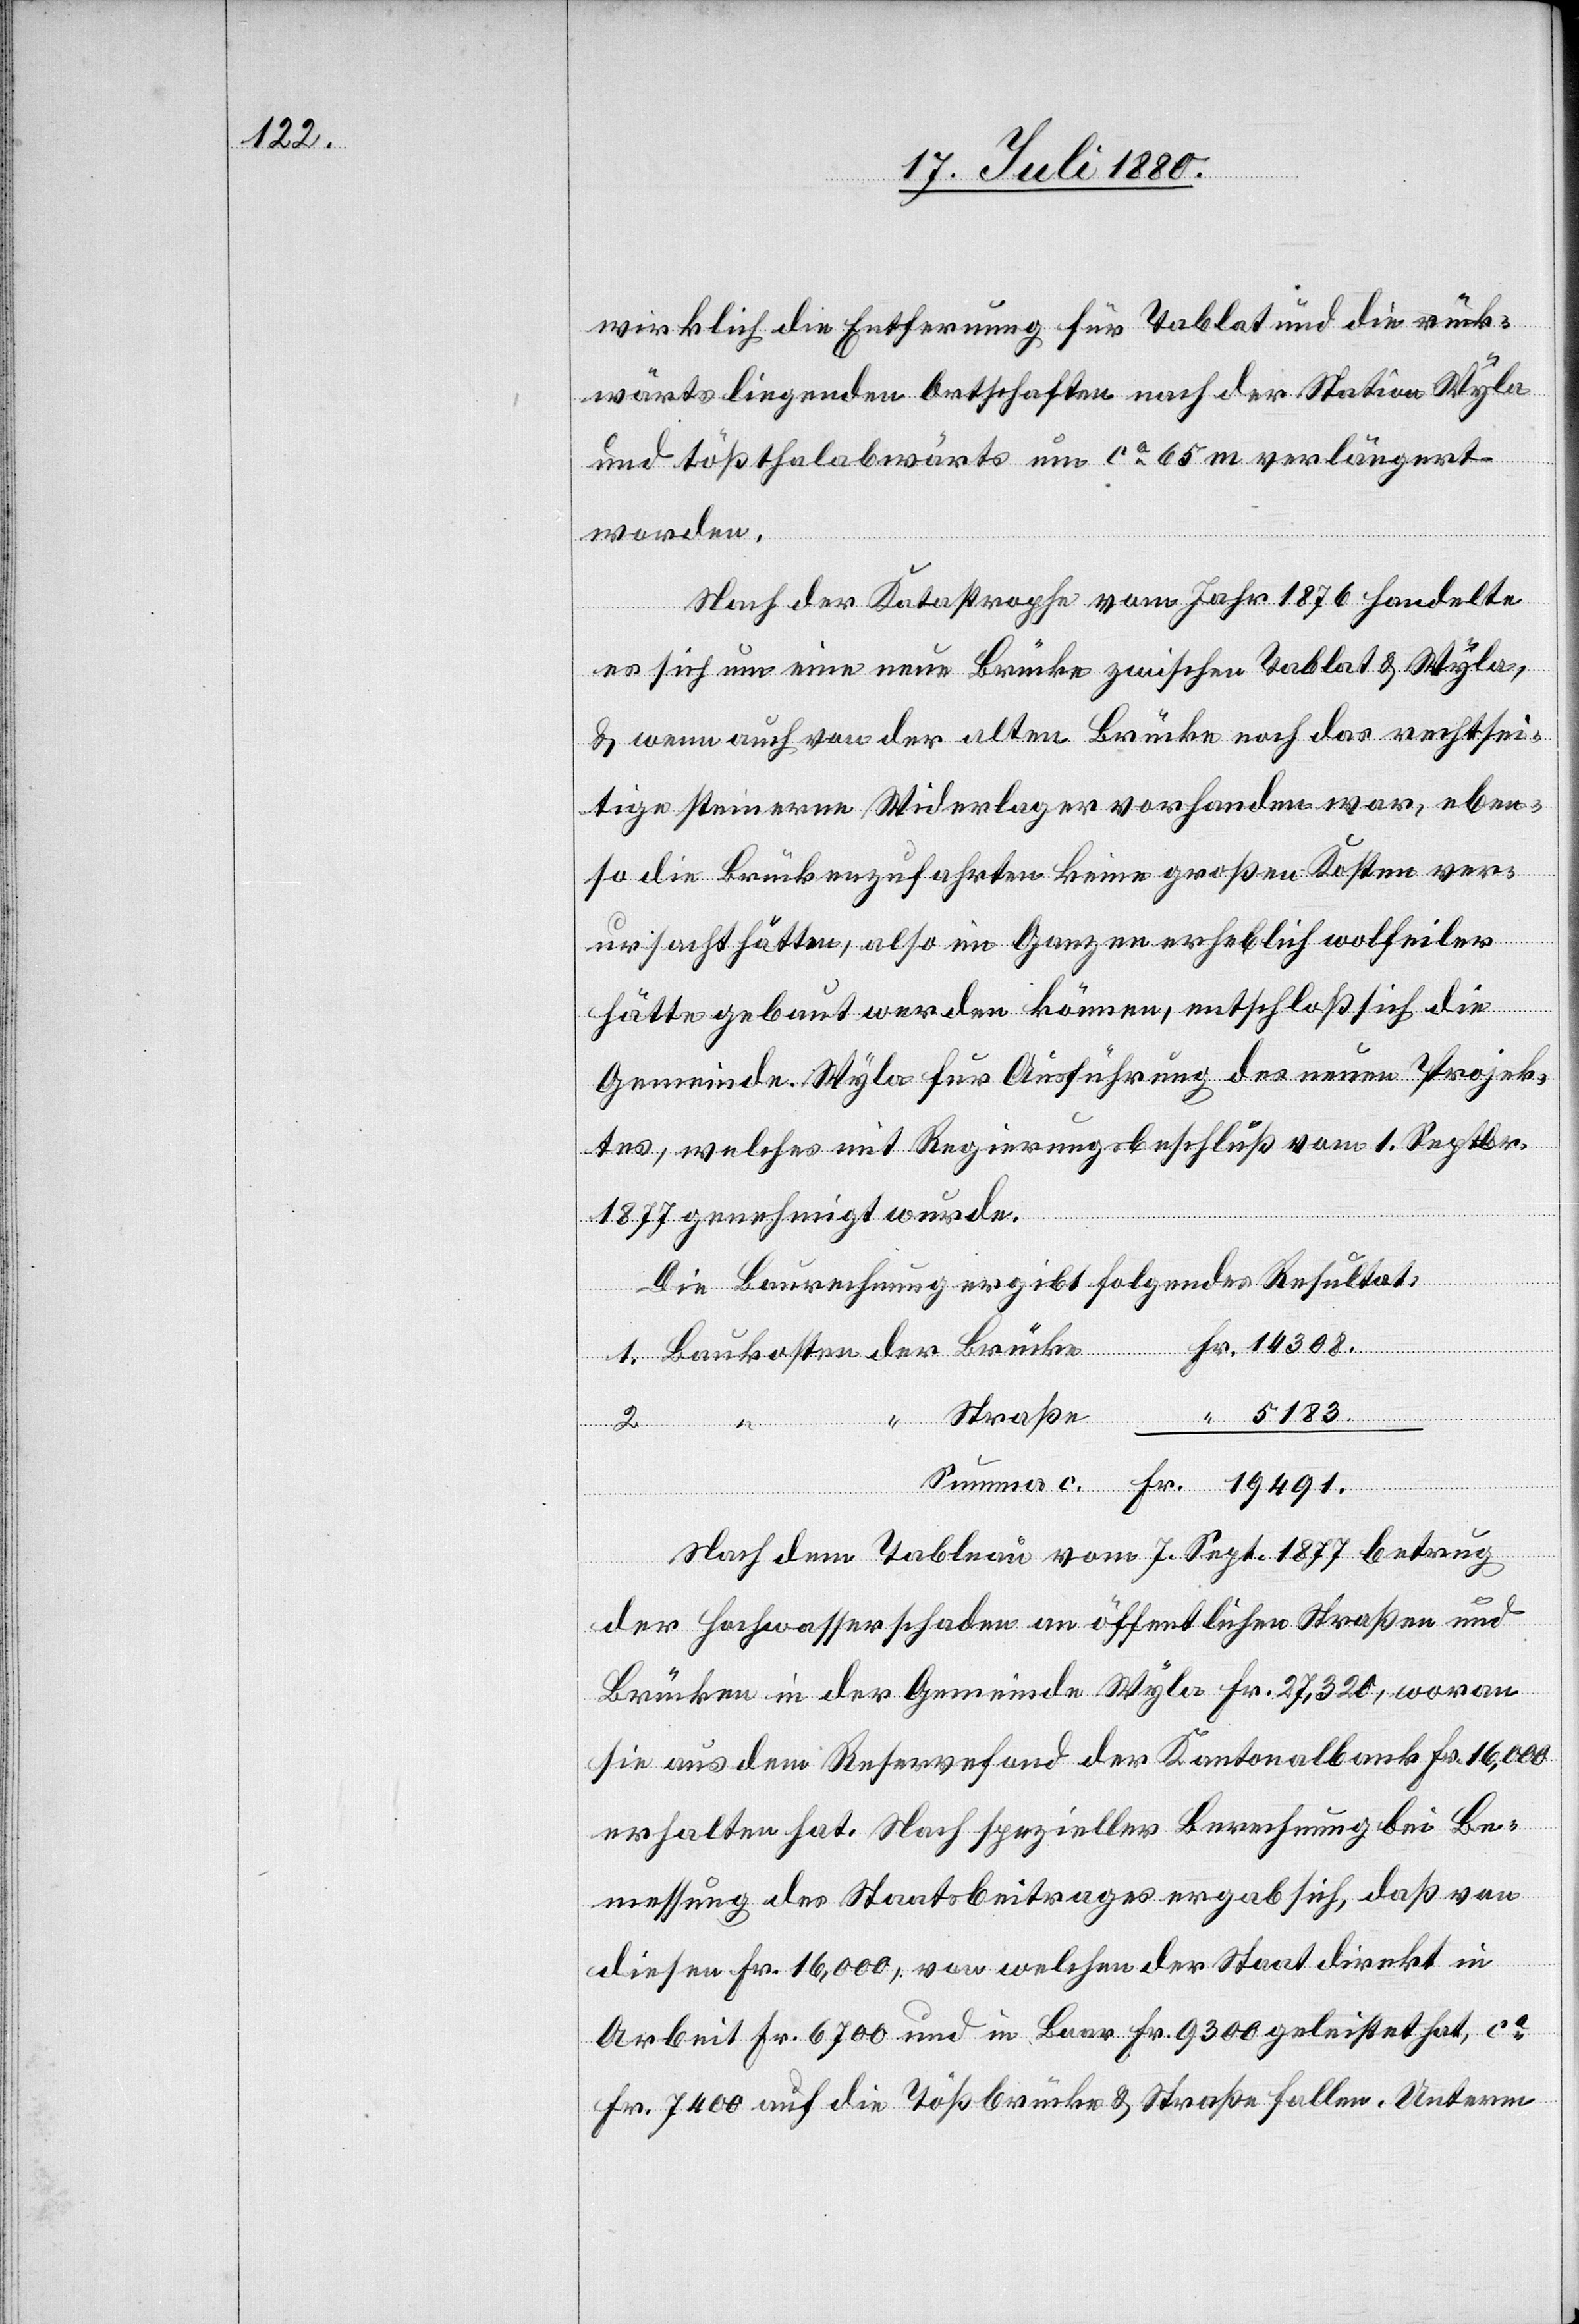
5183.

wirklich die Entfernung für Tablat und die rück¬
wärts liegenden Ortschaften nach der Station Wyla
und tößthalabwärts um ca 65 m verlängert
worden.
Nach der Katastrophe vom Jahr 1876 handelte
es sich um eine neue Brücke zwischen Tablat & Wyla,
& wenn auch von der alten Brücke noch das rechtsei¬
tige steinerne Widerlager vorhanden war, eben¬
“
so die Brückenzufahren keine großen Kosten ver¬
ursacht hätten, also im Ganzen erheblich wolfeiler
hätte gebaut werden können, entschloß sich die
Gemeinde Wyla für Ausführung des neuen Projek¬
tes, welches mit Regierungsbeschluß vom 1. Septbr.
Straße
1877 genehmigt wurde.
Die Baurechnung ergibt folgendes Resultat:
Summa c.
Fr.
Nach dem Tableau vom 7. Sept. 1877 betrug
der Hochwasserschaden an öffentlichen Straßen und
Brücken in der Gemeinde Wyla Fr. 27 320, wovon
sie aus dem Reservefond der Kantonalbank Fr. 16,000
erhalten hat. Nach spezieller Berechnung bei Be¬
messung des Staatsbeitrages ergab sich, daß von
diesen Fr. 16,000, von welchen der Staat direkt in
Arbeit Fr. 6700 und in Baar Fr. 9300 geleistet hat, ca
Fr. 7400 auf die Tößbrücke & Straße fallen. Unterm